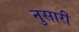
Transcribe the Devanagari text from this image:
नुसारी